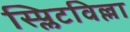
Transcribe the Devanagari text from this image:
स्प्लिटविल्ला